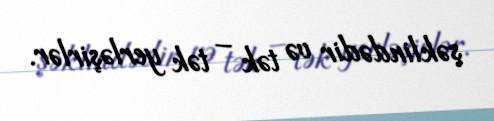
şəklindədir və tək – tək yerləşirlər.